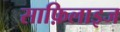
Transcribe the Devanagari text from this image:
साफ़िलाइज